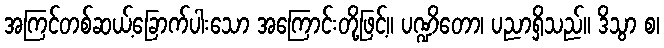
အကြင်တစ်ဆယ့်ခြောက်ပါးသော အကြောင်းတို့ဖြင့်။ ပဏ္ဍိတော၊ ပညာရှိသည်။ ဒိသွာ စ၊